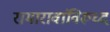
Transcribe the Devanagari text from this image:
रामारावांविरूध्द